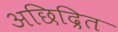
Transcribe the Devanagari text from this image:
अछिद्रित